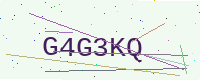
Text: G4G3KQ